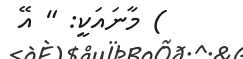
) މާނައަކީ: " އޭ